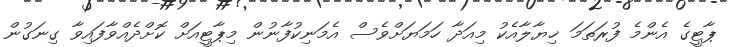
ޕާޓީގެ އެންމެ ފުރަތަމަ ޚިޔާލާއެކު މިއަދާ ހަމަޔަށްވެސް އެމަނިކުފާނުން މިޕާޓީއަށް ކޮށްދެއްވާފައިވާ ގިނަގުން